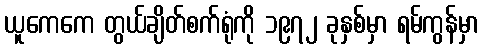
ယူကေကေ တွယ်ချိတ်စက်ရုံကို ၁၉၇၂ ခုနှစ်မှာ ရမ်ကွန်မှာ